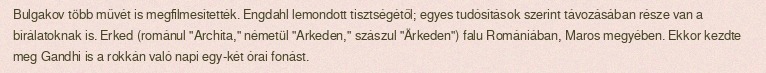
Bulgakov több művét is megfilmesítették. Engdahl lemondott tisztségétől; egyes tudósítások szerint távozásában része van a bírálatoknak is. Erked (románul "Archita," németül "Arkeden," szászul "Ärkeden") falu Romániában, Maros megyében. Ekkor kezdte meg Gandhi is a rokkán való napi egy-két órai fonást.